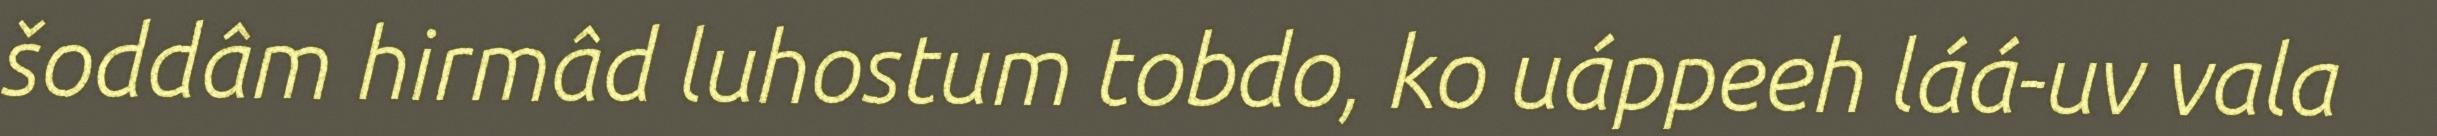
šoddâm hirmâd luhostum tobdo, ko uáppeeh láá-uv vala